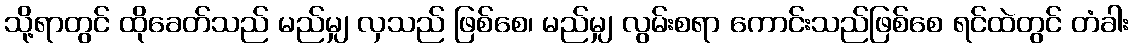
သို့ရာတွင် ထိုခေတ်သည် မည်မျှ လှသည် ဖြစ်စေ၊ မည်မျှ လွမ်းစရာ ကောင်းသည်ဖြစ်စေ ရင်ထဲတွင် တံခါး